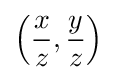
\left({\frac {x}{z}},{\frac {y}{z}}\right)